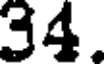
34.